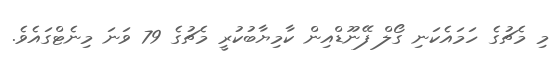
މި މެޗުގެ ހަމައެކަނި ގޯލް ފޭނޫޑްއިން ކާމިޔާބުކުރީ މެޗުގެ 79 ވަނަ މިނެޓްގައެވެ.